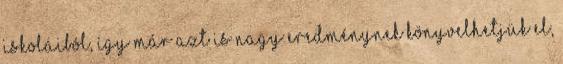
iskoláiból, így már azt is nagy eredménynek könyvelhetjük el,